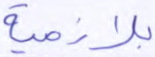
بلازمية